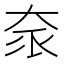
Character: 𡘎